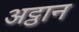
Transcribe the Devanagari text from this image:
अट्ठान